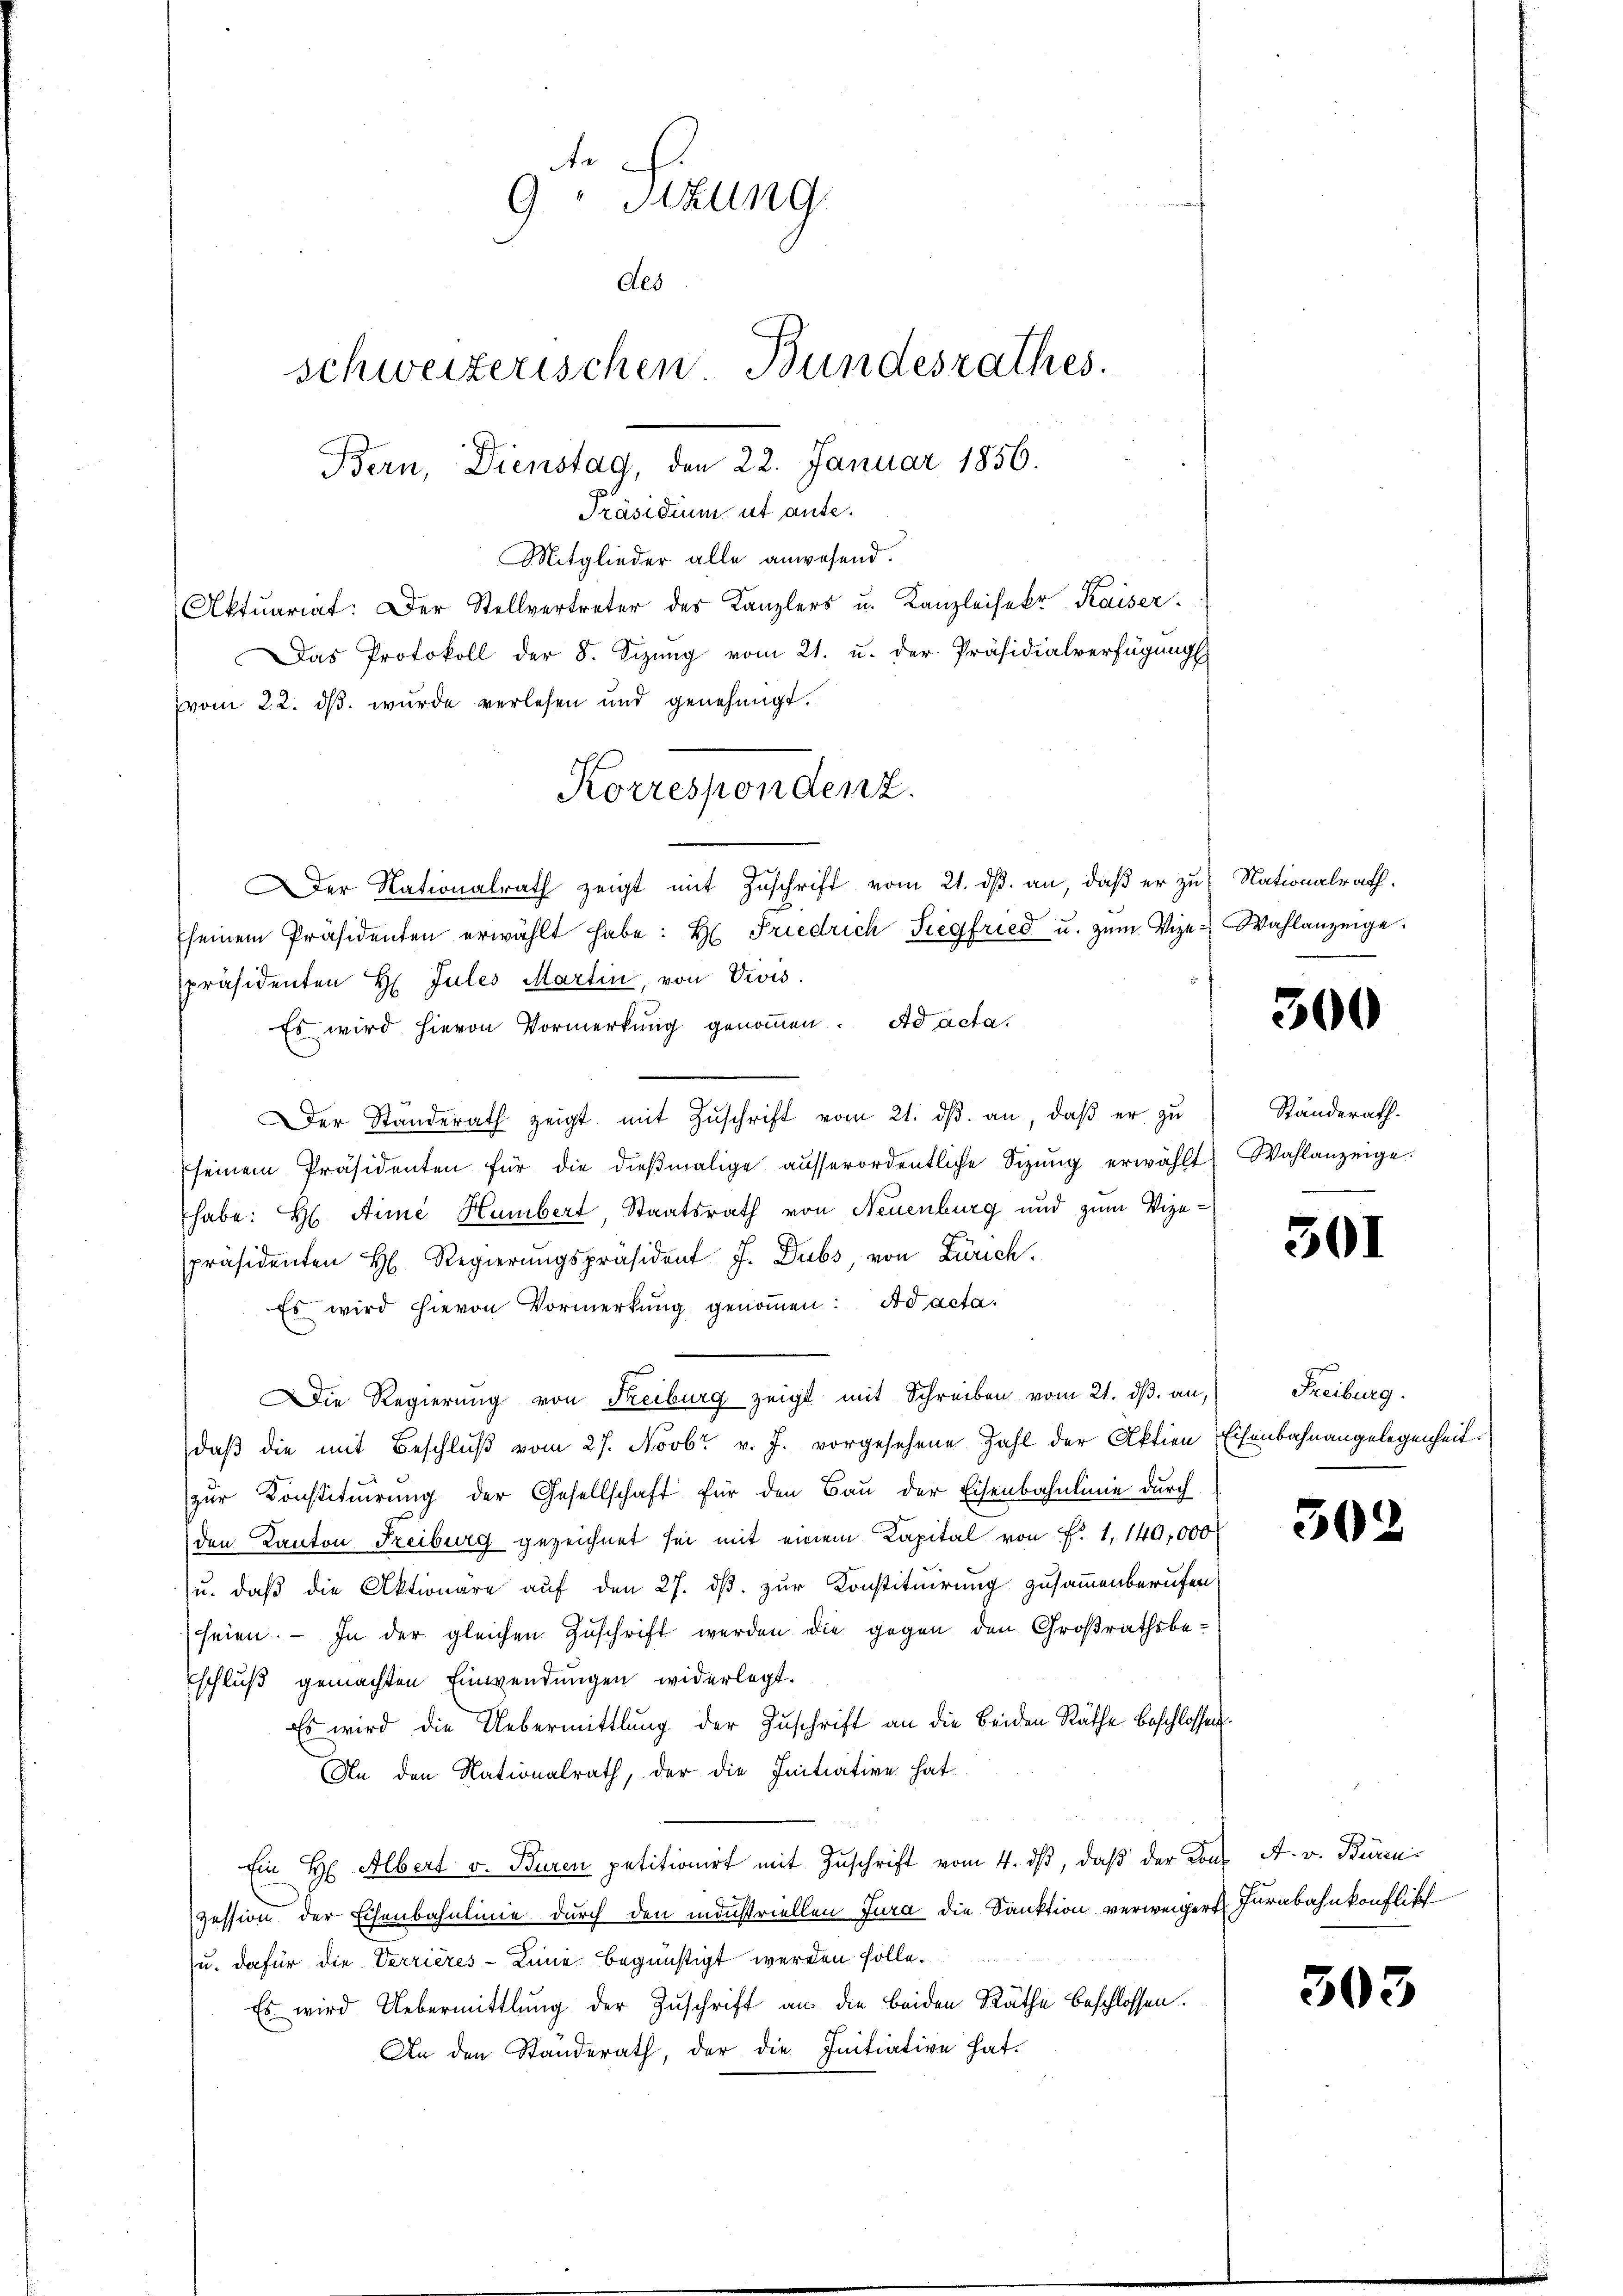
de
9 Sizung
des
schweizerischen Bundesrathes.
Bern, Dienstag, den 22. Januar 1856.
Präsidium ut ause.

Mitglieder alle anwesend.
Aktuariat: Der Stellvertreter des Kanzlers u. Kanzleisekr Kaiser.
Das Protokoll der 8. Sizung vom 21. u. der Präsidialverfügungs
vom 22. ds. wurde verlesen und genehmigt.
seinem Präsidenten erwählt habe: H. Friedrich Siegfried u. zŭm Vize-Wahlanzeige.
präsidenten H. Jules Martin, von Divis.
Es wird hievon Vormerkung genommen. Ad acta.
Der Standerath zeigt mit Zŭschrift vom 21. dβ. an, daβ er zu
seinem Präsidenten für die dieβmalige aŭsserordentliche Sitzŭng erwählt, Wahlanzeige.
habe: H Aime Humbert, Staatsrath von Neuenburg und zum Vize-
präsidenten H. Regierŭngspräsident J. Dubs, von Zürich.
Es wird hievon Vormerkŭng genoṁen: ad acta.
Die Regierŭng von Freiburg zeigt mit Schreiben vom 21. dβ. an, Freiburg.
daβ die mit Beschlŭβ vom 27. Novbr. v. J. vorgesehene Zahl der Aktien Eisenbahnangelegenheit
zur Konstituirung der Gesellschaft für den Bau der Eisenbahnlinie durch
den Kanton Freiburg gezeichnet sei mit einem Kapital von Fr. 1. 140,000
u. daß die Aktionäre auf den 27. dß. zur Konstituirung zusammenberufen
seien. - In der gleichen Zuschrift werden die gegen den Großrathsbe-
schluß gemachten Einwendungen widerlegt.
Es wird die Uebermittlung der Zŭschrift an die beiden Räthe beschlossen.
An den Nationalrath, der die Initiative hat
Ein H. Albert v. Buren petitionirt mit Zuschrift vom 4. dβ, daß der Kons A. v. Büren-
zession der Eisenbahnlinie durch den industriellen Jura die Sanktion verweiger Jurabahnkonflikt
u. dafür die Verrieres-Linie begünstigt werden solle.
Es wird Uebermittlung der Zuschrift an die beiden Räthe beschlossen.
An den Standerath, der die Initiative hat.

Korrespondenz.
er Nationalrath zeigt mit Zuschrift vom 21. ds. an, daß er zu Nationalrath

300

Ständerath.

301

302

303